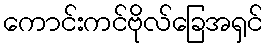
ကောင်းကင်ဗိုလ်ခြေအရှင်